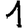
Digit: 1